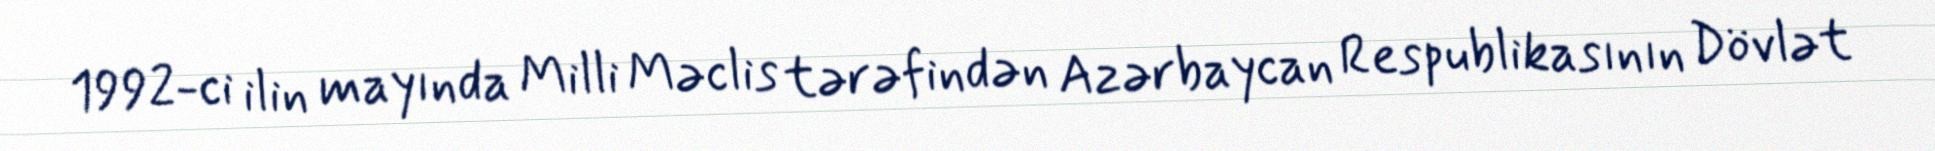
1992-ci ilin mayında Milli Məclis tərəfindən Azərbaycan Respublikasının Dövlət